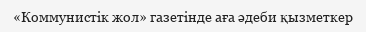
«Коммунистік жол» газетінде аға әдеби қызметкер